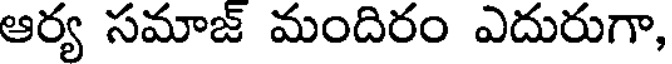
ఆర్య సమాజ్ మందిరం ఎదురుగా,